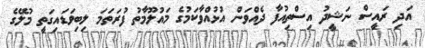
އަދި ރައީސް ނަޝީދު އިސްތިއުފާ ދެއްވަން އުޅުއްވާކަމުގެ މައުލޫމާތު ފުރަތަމަ ލިބިވަޑައިގަތީ މުލޭގެ